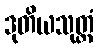
ဒုတိယသုတ္တံ